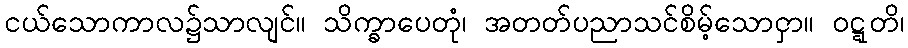
ငယ်သောကာလ၌သာလျင်။ သိက္ခာပေတုံ၊ အတတ်ပညာသင်စိမ့်သောငှာ။ ဝဋ္ဋတိ၊